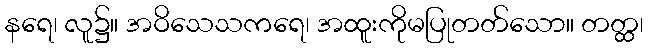
နရေ၊ လူ၌။ အဝိသေသကရေ၊ အထူးကိုမပြုတတ်သော။ တတ္ထ၊